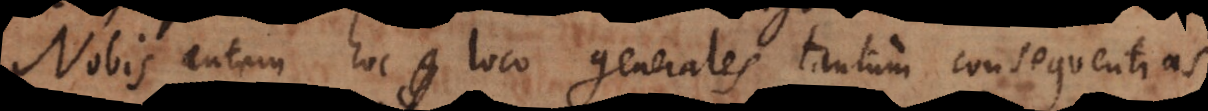
Nobis autem hoc loco generales tantum consequentias